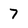
Character: 7